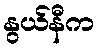
နွယ်နီက